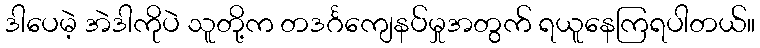
ဒါပေမဲ့ အဲဒါကိုပဲ သူတို့က တဒင်္ဂကျေနပ်မှုအတွက် ရယူနေကြရပါတယ်။